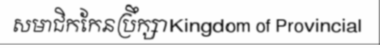
សមាជិកកែនប្រឹក្សាKingdom of Provincial